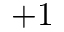
+ 1